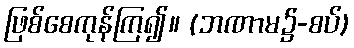
ဖြစ်စေကုန်ကြ၍။ (ဘဏာမ၌-စပ်)